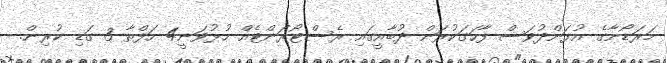
މަރަޑޯނާގެ އުފަންދުވަސް ފާހަގަކުރަން ދުބާއީގައި ރެސްޓޯރަންޓެއް ހުޅުވަނީ4 ހަފްތާ 3 ގަޑި ކުރިން.